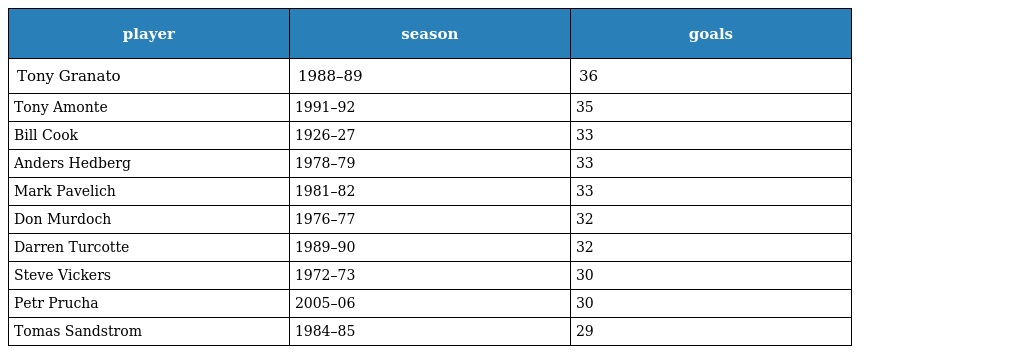
| player | season | goals |
 | --- | --- | --- |
 | Tony Granato | 1988–89 | 36 |
 | Tony Amonte | 1991–92 | 35 |
 | Bill Cook | 1926–27 | 33 |
 | Anders Hedberg | 1978–79 | 33 |
 | Mark Pavelich | 1981–82 | 33 |
 | Don Murdoch | 1976–77 | 32 |
 | Darren Turcotte | 1989–90 | 32 |
 | Steve Vickers | 1972–73 | 30 |
 | Petr Prucha | 2005–06 | 30 |
 | Tomas Sandstrom | 1984–85 | 29 |